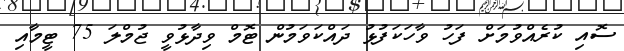
ސޮއި ކުރެއްވުމަށް ފަހު ވާހަކަފުޅު ދައްކަވަމުން ޓޮމް ވިދާޅުވީ ޖުމްލަ 75 ޓީމާއި